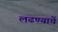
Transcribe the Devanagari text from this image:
लढण्याचें